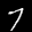
Label: 7